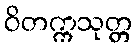
ဝိတက္ကသုတ္တ